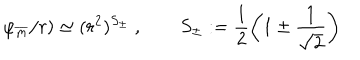
\varphi _ { \overline { { { m } } } } / r ) \simeq ( r ^ { 2 } ) ^ { S _ { \pm } } \ , \qquad S _ { \pm } : = \frac { 1 } { 2 } \left( 1 \pm \frac { 1 } { \sqrt { 2 } } \right)